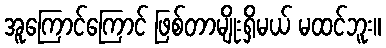
အူကြောင်ကြောင် ဖြစ်တာမျိုးရှိမယ် မထင်ဘူး။